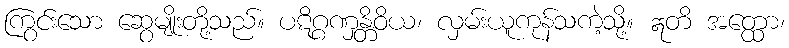
ကြွင်းသော ဆွေမျိုးတို့သည်။ ပဋိဂ္ဂဏှန္တိဝိယ၊ လှမ်းယူကုန်သကဲ့သို့။ ဣတိ အတ္ထော၊